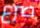
صرع